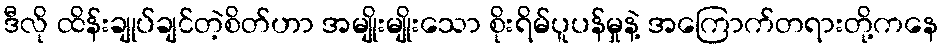
ဒီလို ထိန်းချုပ်ချင်တဲ့စိတ်ဟာ အမျိုးမျိုးသော စိုးရိမ်ပူပန်မှုနဲ့ အကြောက်တရားတို့ကနေ